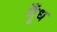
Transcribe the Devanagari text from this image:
गूँध